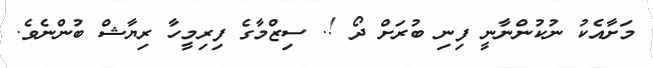
މަށާއެކު ނުކުންނާނީ ފިނި ބުރަށް ދޯ !. ސިޒްމާގެ ފިރިމީހާ ރިޔާޝް ބުންނެވެ.